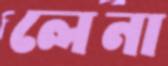
লেনা